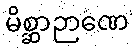
မိစ္ဆာဉာဏေ